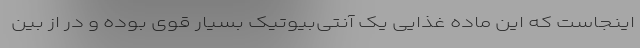
اینجاست که این ماده غذایی یک آنتی‌بیوتیک بسیار قوی بوده و در از بین